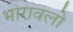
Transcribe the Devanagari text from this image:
भारावलो